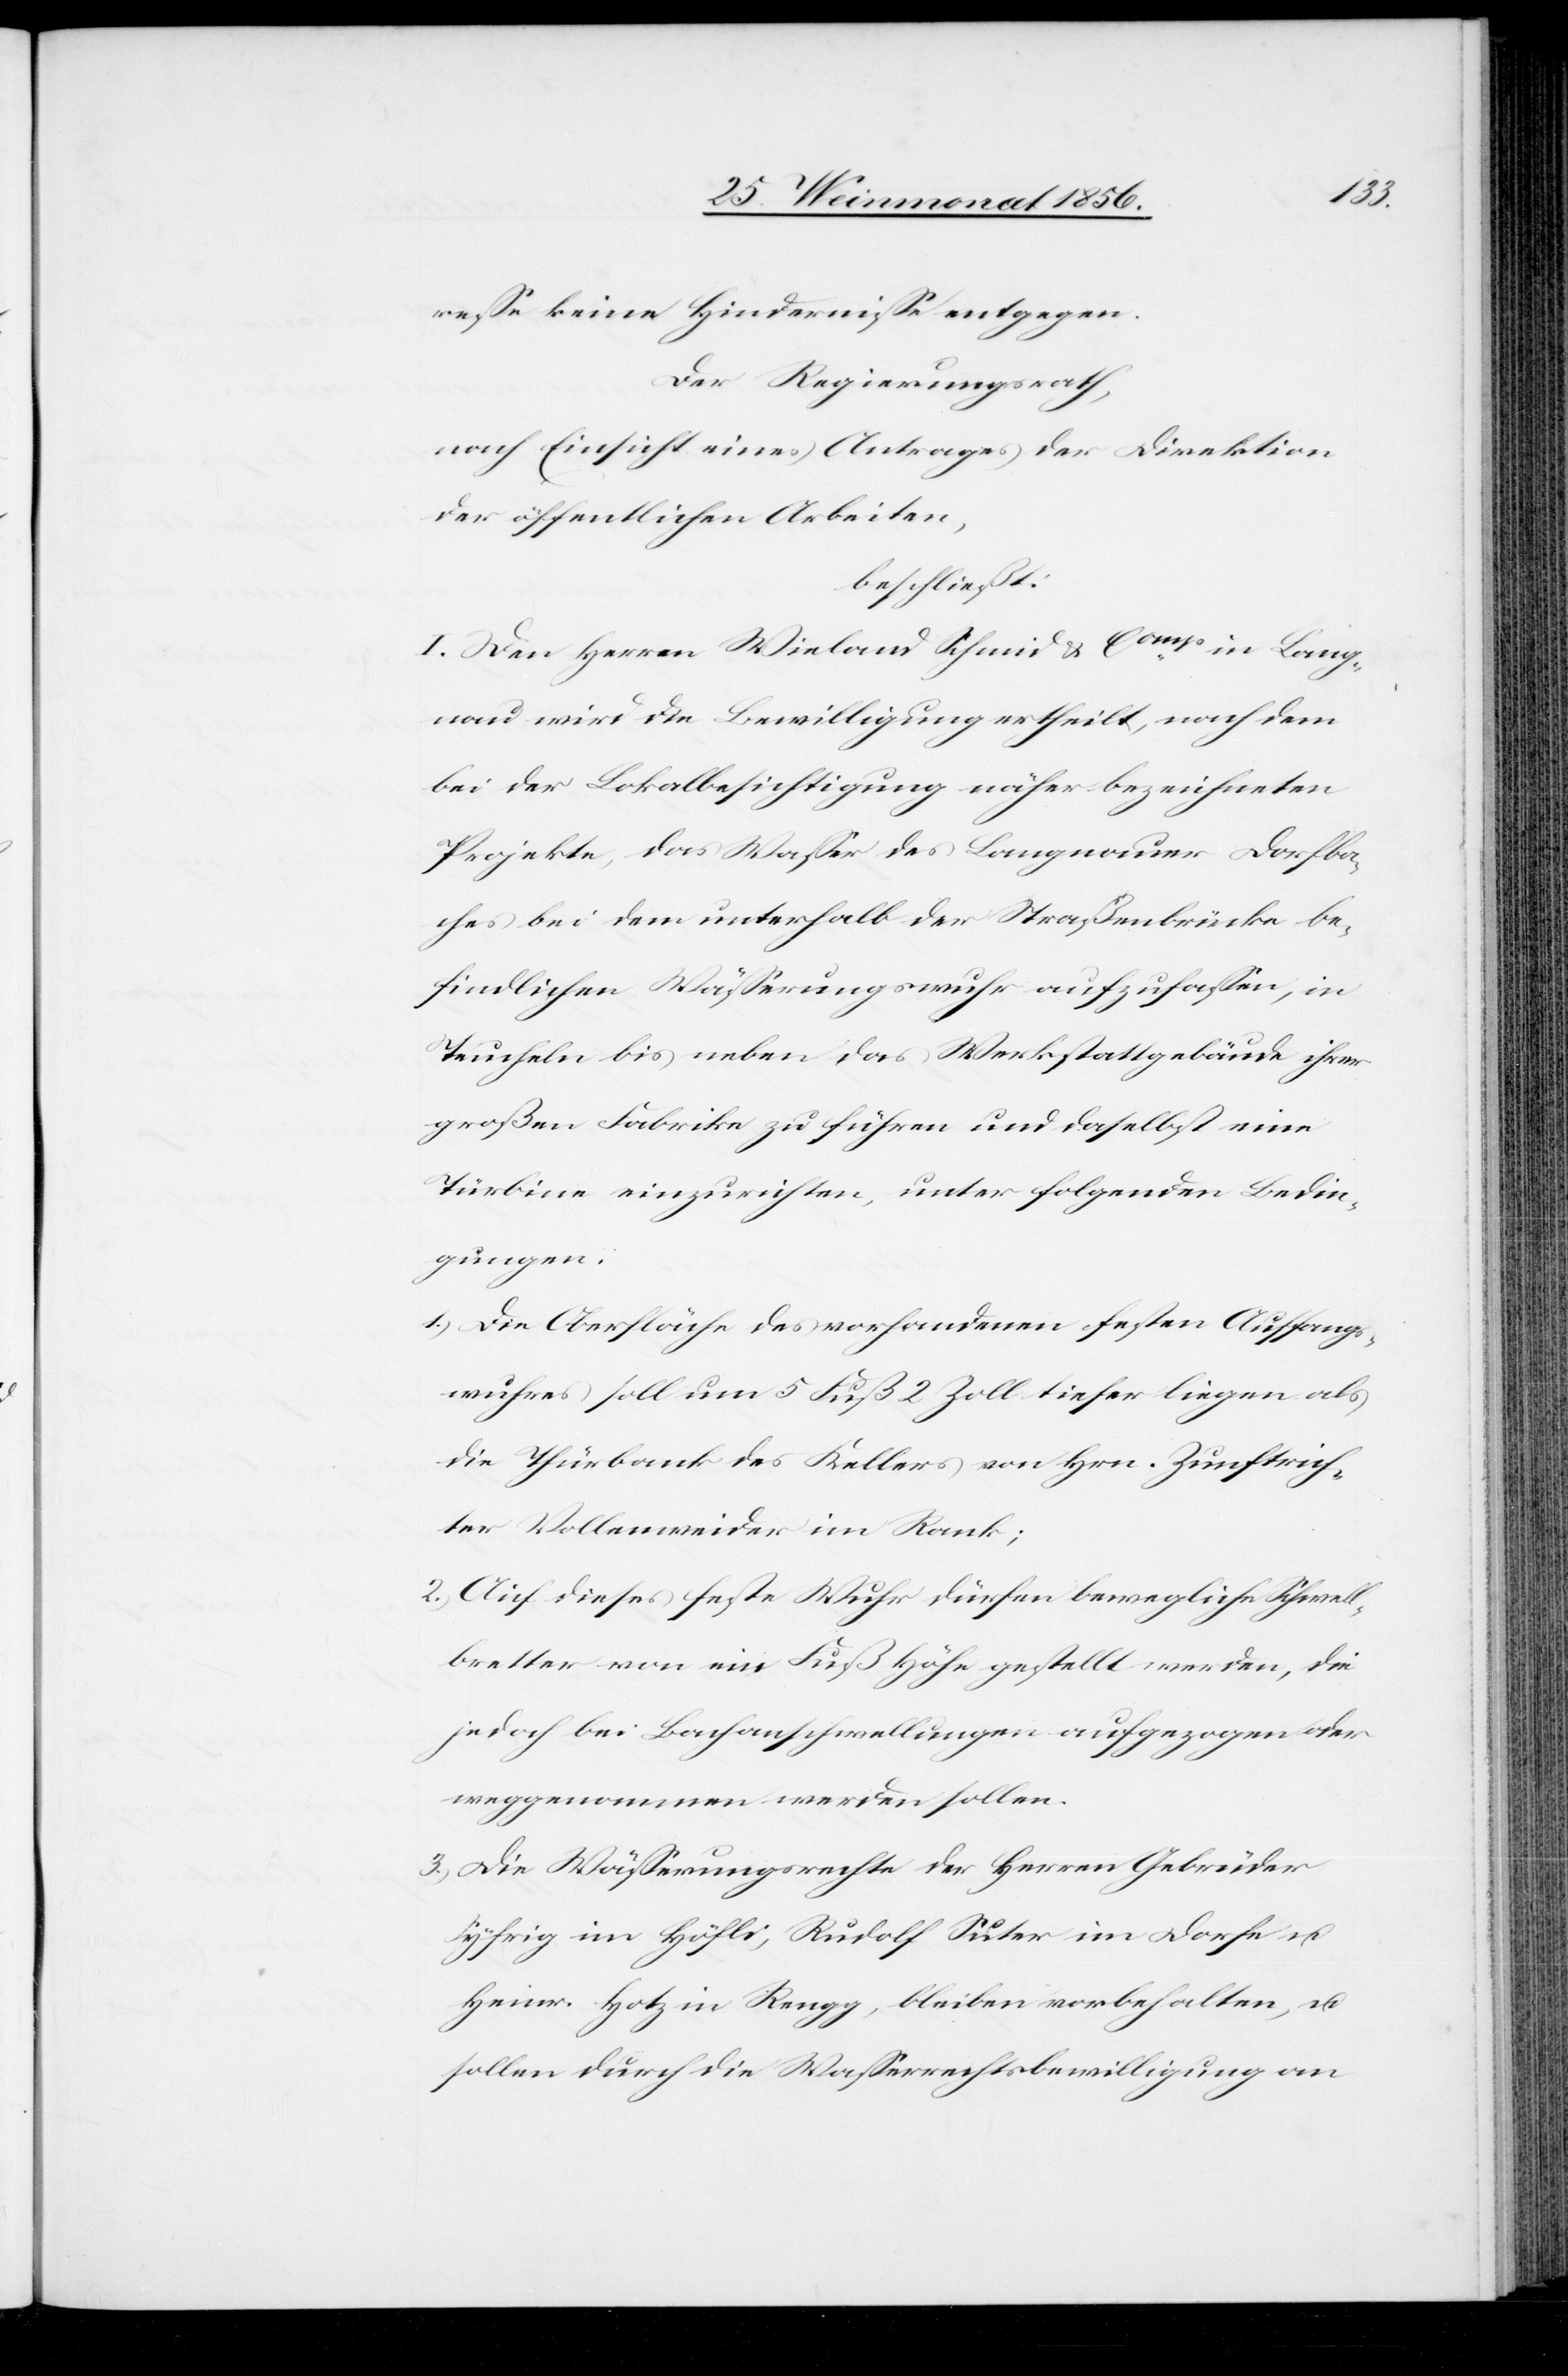
resse keine Hindernisse entgegen.
Der Regierungsrath,
nach Einsicht eines Antrages der Direktion
der öffentlichen Arbeiten,
beschließt:
I. Den Herren Wieland Schmid & Comp in Lang¬
nau wird die Bewilligung ertheilt, nach dem
bei der Lokalbesichtigung näher bezeichneten
Projekte, das Wasser des Langnauer Dorfba¬
ches bei dem unterhalb der Straßenbrücke be¬
findlichen Wässerungswuhr aufzufassen, in
Teucheln bis neben das Werkstattgebäude ihrer
großen Fabrike zu führen und daselbst eine
Türbine einzurichten, unter folgenden Bedin¬
gungen:
1.) Die Oberfläche des vorhandenen festen Auffangs¬
wuhres soll um 5 Fuß 2 Zoll tiefer liegen als
die Thürbank des Kellers von Hrn. Zunftrich¬
ter Vollenweider im Rank;
2.) Auf dieses feste Wuhr dürfen bewegliche Schwel¬
lbretter von ein Fuß Höhe gestellt werden, die
jedoch bei Bachanschwellungen aufgezogen oder
weggenommen werden sollen.
3.) Die Wässerungsrechte der Herren Gebrüder
Syfrig im Höfli, Rudolf Suter im Dorfe u.
Heinr. Hotz in Reugg, bleiben vorbehalten, u.
sollen durch die Wasserrechtsbewilligung an